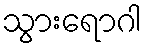
သွားရောဂါ